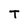
Character: T